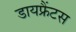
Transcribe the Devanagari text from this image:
डायफ्रैंटस